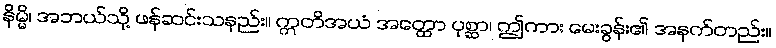
နိမ္မိ၊ အဘယ်သို့ ဖန်ဆင်းသနည်း။ ဣတိအယံ အတ္ထော ပုစ္ဆာ၊ ဤကား မေးခွန်း၏ အနက်တည်း။